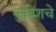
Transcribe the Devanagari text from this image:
कुबिशचे